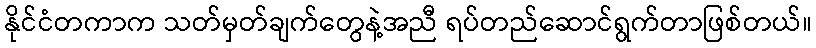
နိုင်ငံတကာက သတ်မှတ်ချက်တွေနဲ့အညီ ရပ်တည်ဆောင်ရွက်တာဖြစ်တယ်။